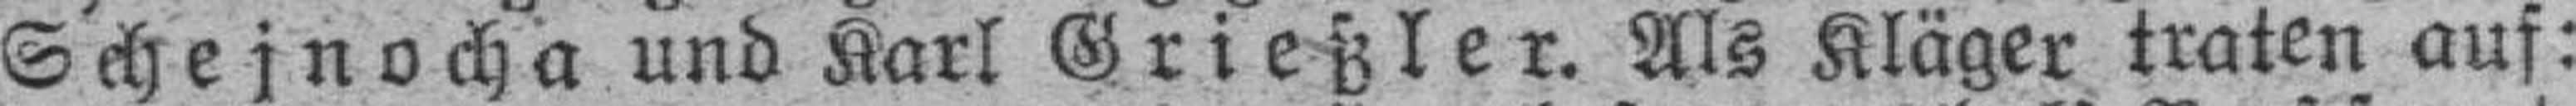
Schejnocha und Karl Grießler. Als Kläger traten auf: